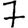
Digit: 7